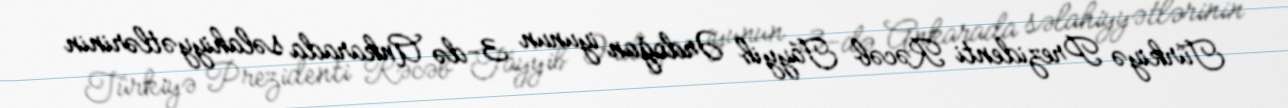
Türkiyə Prezidenti Rəcəb Tayyib Ərdoğan iyunun 3-də Ankarada səlahiyyətlərinin